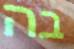
בה